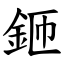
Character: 鉔